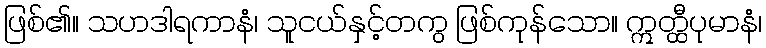
ဖြစ်၏။ သဟဒါရကာနံ၊ သူငယ်နှင့်တကွ ဖြစ်ကုန်သော။ ဣတ္ထီပုမာနံ၊